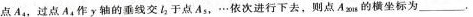
点A_{4}，过点A_{4}作y轴的垂线交l_{2}于点A_{5}，…依次进行下去，则点A_{2018}的横坐标为___.